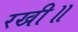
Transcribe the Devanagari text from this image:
रखी॥